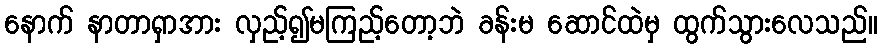
နောက် နာတာရှာအား လှည့်၍မကြည့်တော့ဘဲ ခန်းမ ဆောင်ထဲမှ ထွက်သွားလေသည်။